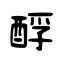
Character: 酻